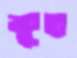
ক্ষুত্